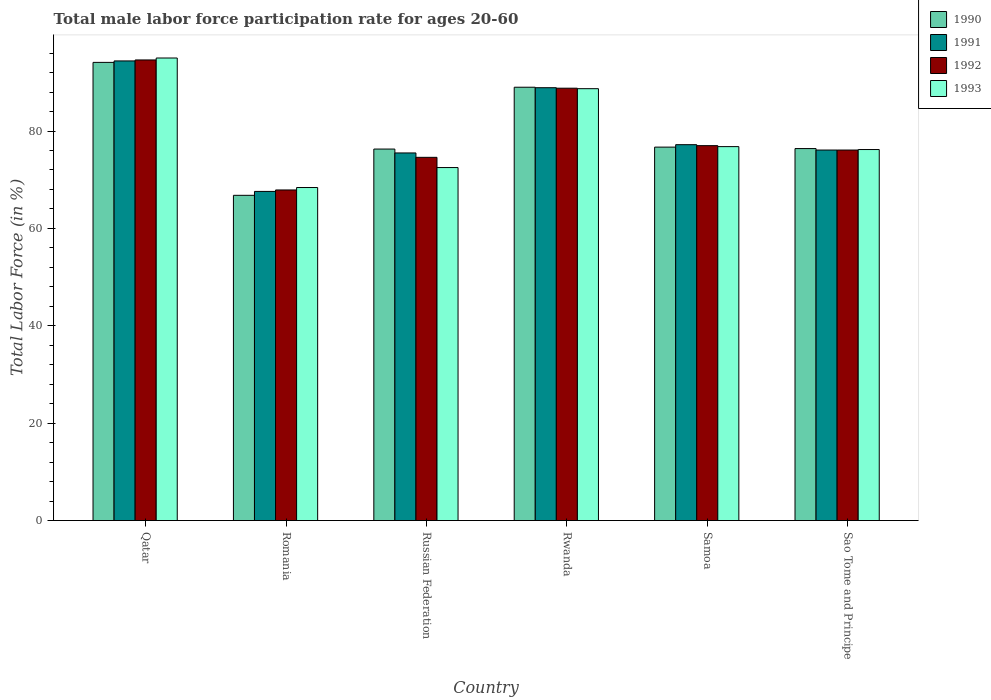
| Country | 1990 | 1991 | 1992 | 1993 |
 | --- | --- | --- | --- | --- |
 | Qatar | 94.1 | 94.4 | 94.6 | 95 |
 | Romania | 66.8 | 67.6 | 67.9 | 68.4 |
 | Russian Federation | 76.3 | 75.5 | 74.6 | 72.5 |
 | Rwanda | 89 | 88.9 | 88.8 | 88.7 |
 | Samoa | 76.7 | 77.2 | 77 | 76.8 |
 | Sao Tome and Principe | 76.4 | 76.1 | 76.1 | 76.2 |